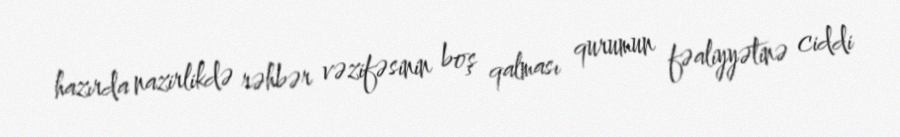
hazırda nazirlikdə rəhbər vəzifəsinin boş qalması qurumun fəaliyyətinə ciddi